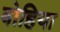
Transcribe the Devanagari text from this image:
बोहिया